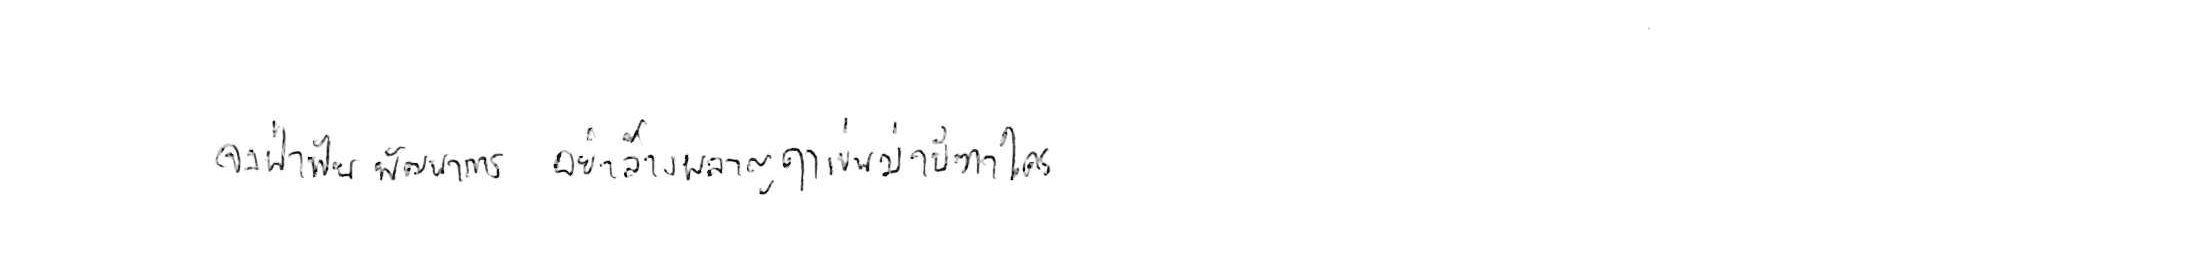
จงฝ่าฟันพัฒนาวิชาการ อย่าล้างผลาญฤๅเข่นฆ่าบีฑาใคร